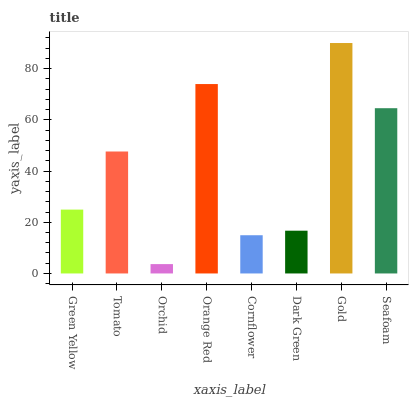
| xaxis_label | bars |
 | --- | --- |
 | Green Yellow | 24.9 |
 | Tomato | 47.6 |
 | Orchid | 3.66 |
 | Orange Red | 74 |
 | Cornflower | 14.9 |
 | Dark Green | 16.7 |
 | Gold | 90 |
 | Seafoam | 64.5 |